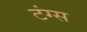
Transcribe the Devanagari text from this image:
टंग्स